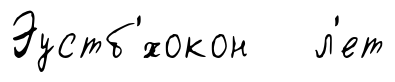
Эустб'́хокон л'ет